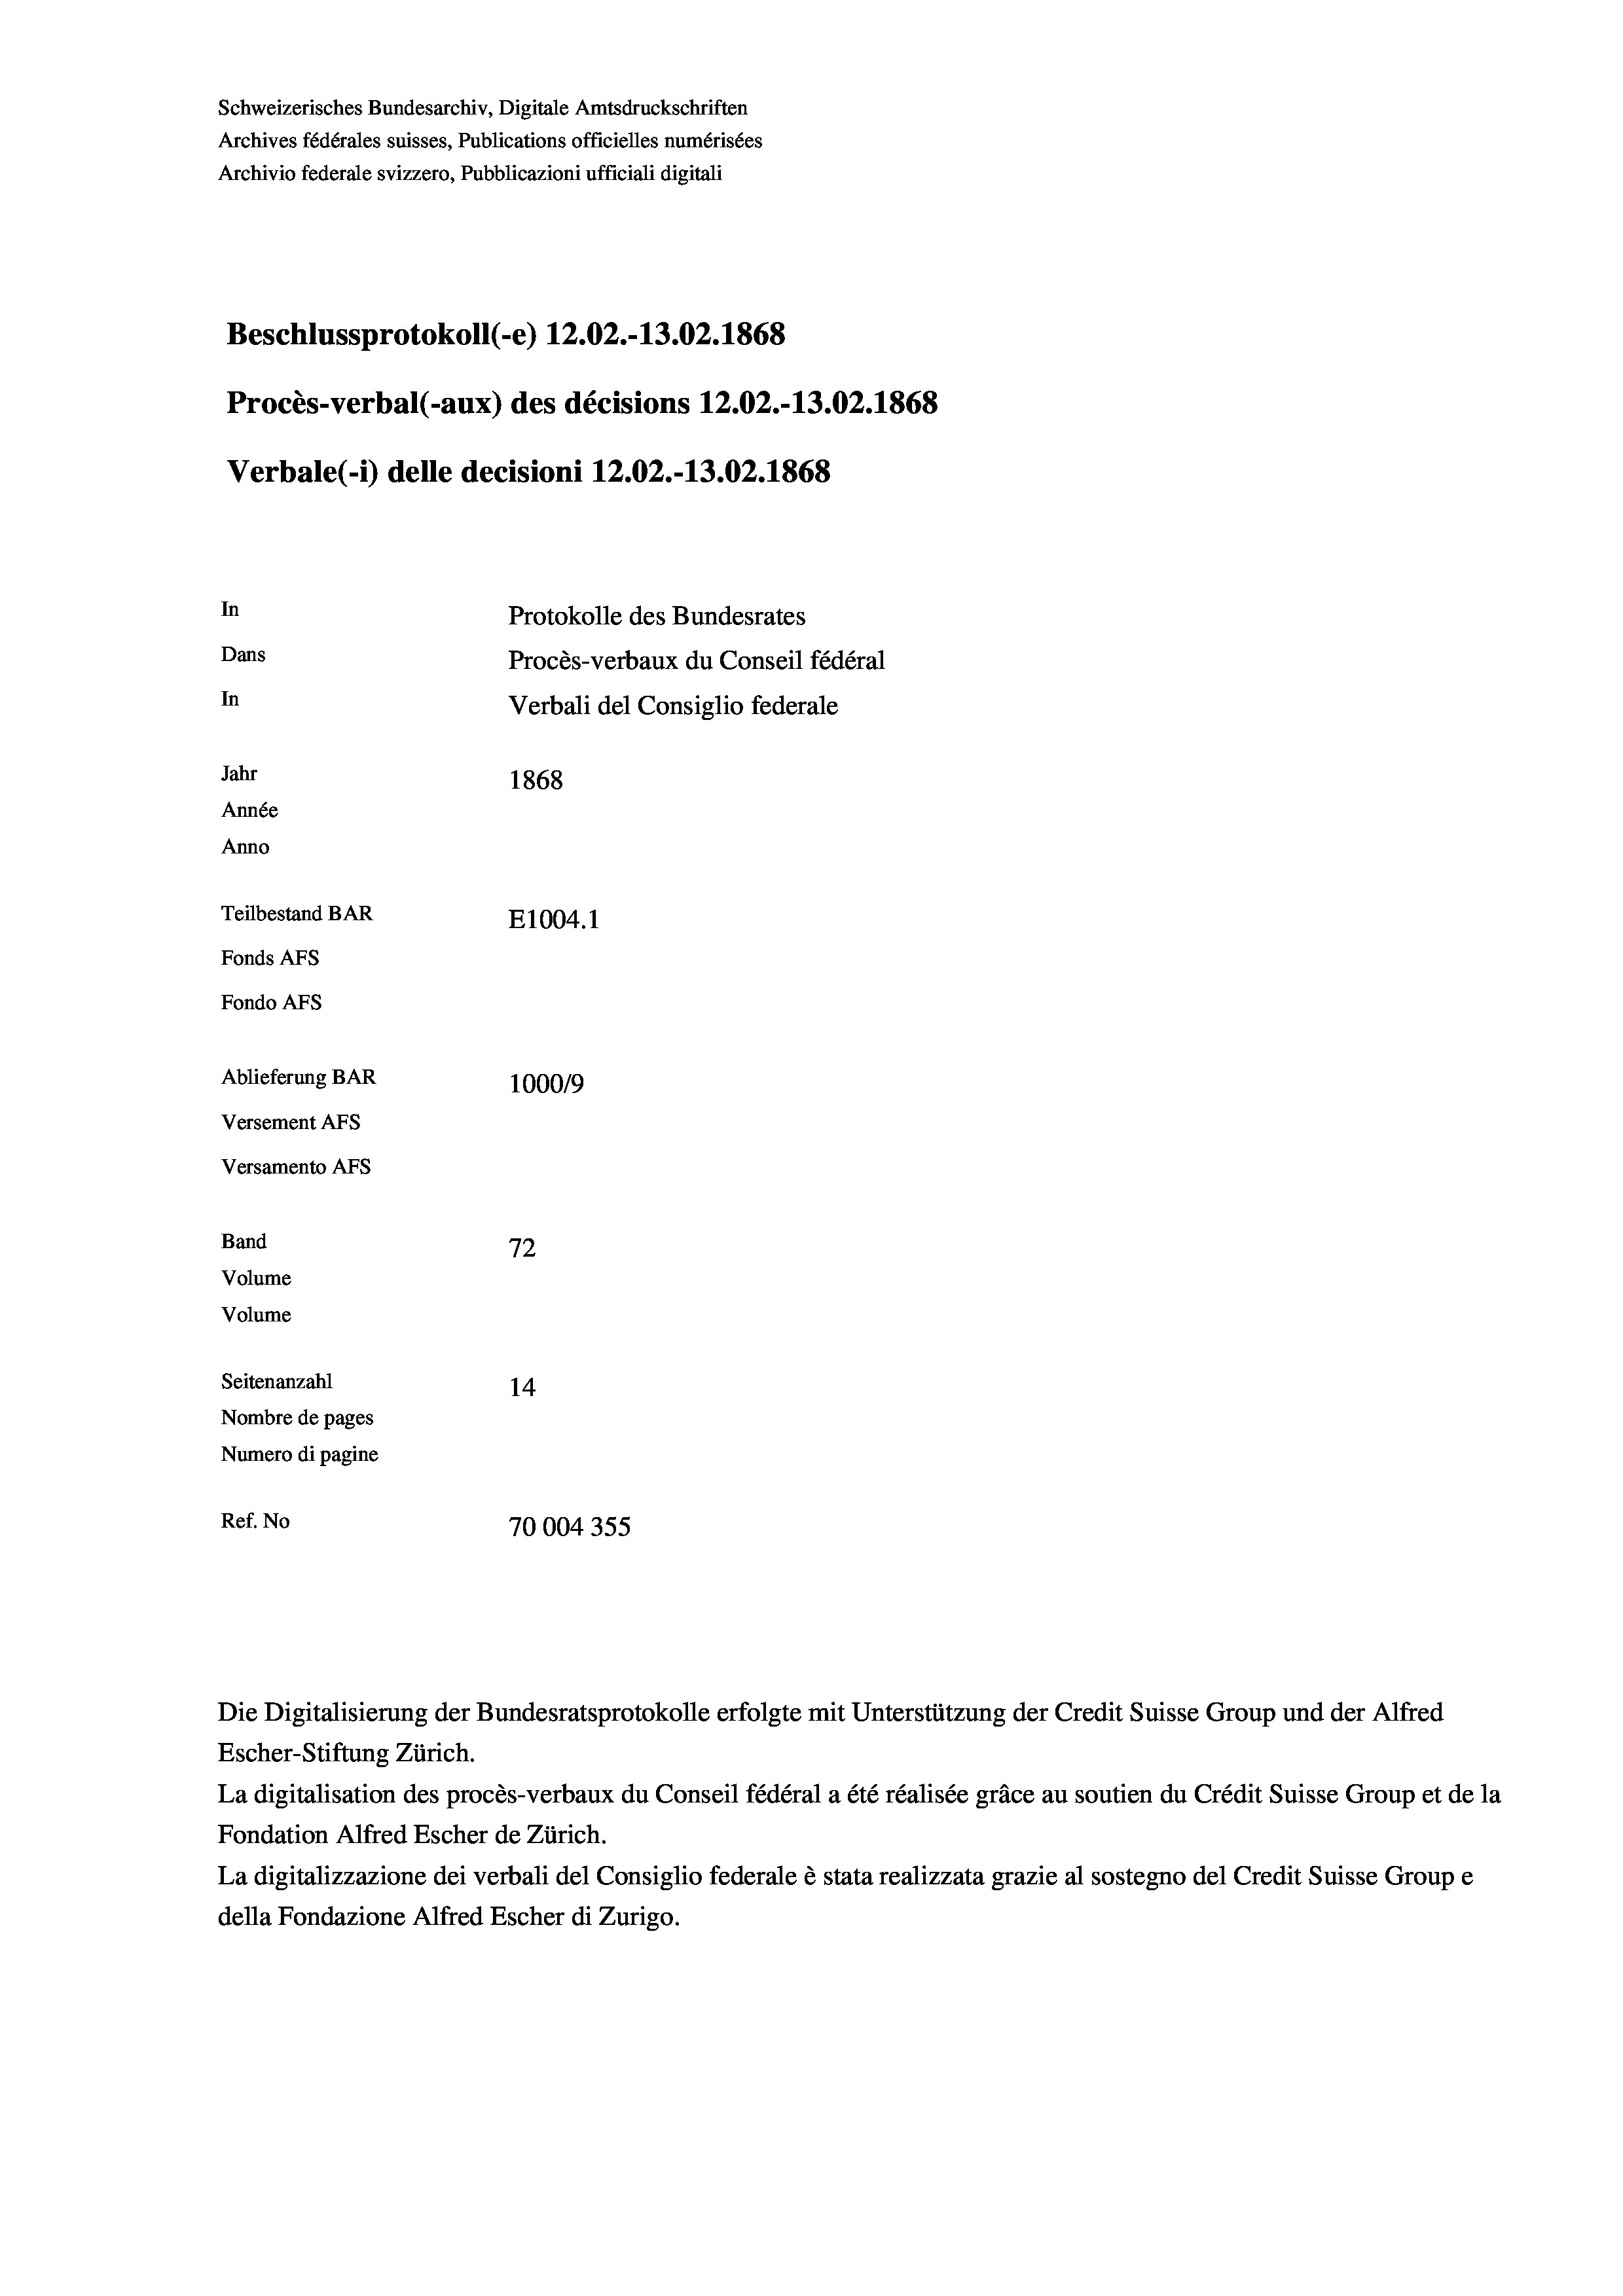
Schweizerisches Bundesarchiv, Digitale Amtsdruckschriften
Archives fédérales suisses, Publications officielles numérisées
Archivio federale svizzero, Pubblicazioni ufficiali digitali
Beschlussprotokoll (-e) 12.02.-13.02. 1868
Procès-verbal (-aux) des décisions 12.02.-13.02. 1868
Verbale(-*) delle decisioni 12.02.-13.02. 1868
In
Protokolle des Bundesrates
Dans
Procès-verbaux du Conseil fédéral
In
Verbali del Consiglio federale
Jahr
1868
Année
Anno
Teilbestand BAR
E1004. 1
Fonds AFs
Fondo Afs
Ablieferung BAR
100019
Versement AFs
Versamento AFs

72
Seitenanzahl
14
Nombre de pages
Numero di pagine
Ref. No
70004355

Band
Volume
Volume

La digitalisation des procès-verbaux du Conseil fédéral a été réalisée gräce au soutien du Crédit Suisse Group et de la
Fondation Alfred Escher de Zürich.
La digitalizzazione dei verbali del Consiglio federale è stata realizzata grazie al sostegno del Credit Suisse Groupe
della Fondazione Alfred Escher di Zurigo.

Escher-Stiftung Zürich.

Die Digitalisierung der Bundesratsprotokolle erfolgte mit Unterstützung der Credit Suisse Group und der Alfred